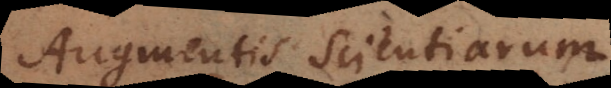
Augmentis Scientiarum.